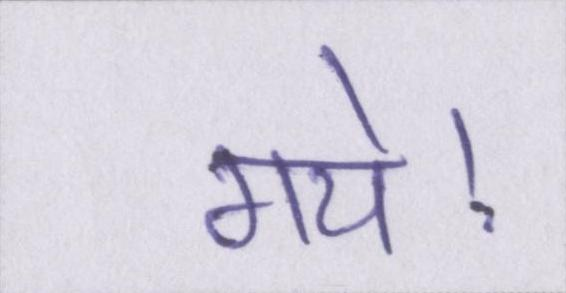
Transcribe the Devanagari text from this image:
गये।